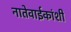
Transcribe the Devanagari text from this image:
नातेवाईकांशी